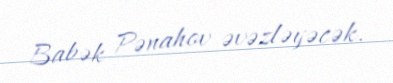
Babək Pənahov əvəzləyəcək.